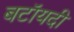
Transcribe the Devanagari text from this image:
बटॉयदी